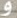
و